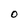
Character: o